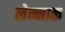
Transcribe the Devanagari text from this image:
लेन्नाक